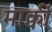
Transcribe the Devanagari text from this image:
मार्क्वी